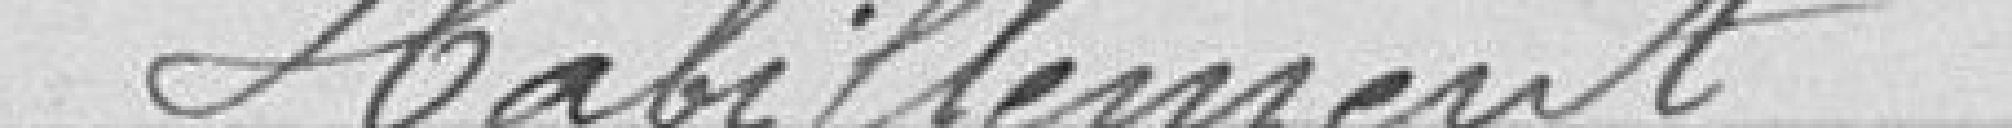
habillement